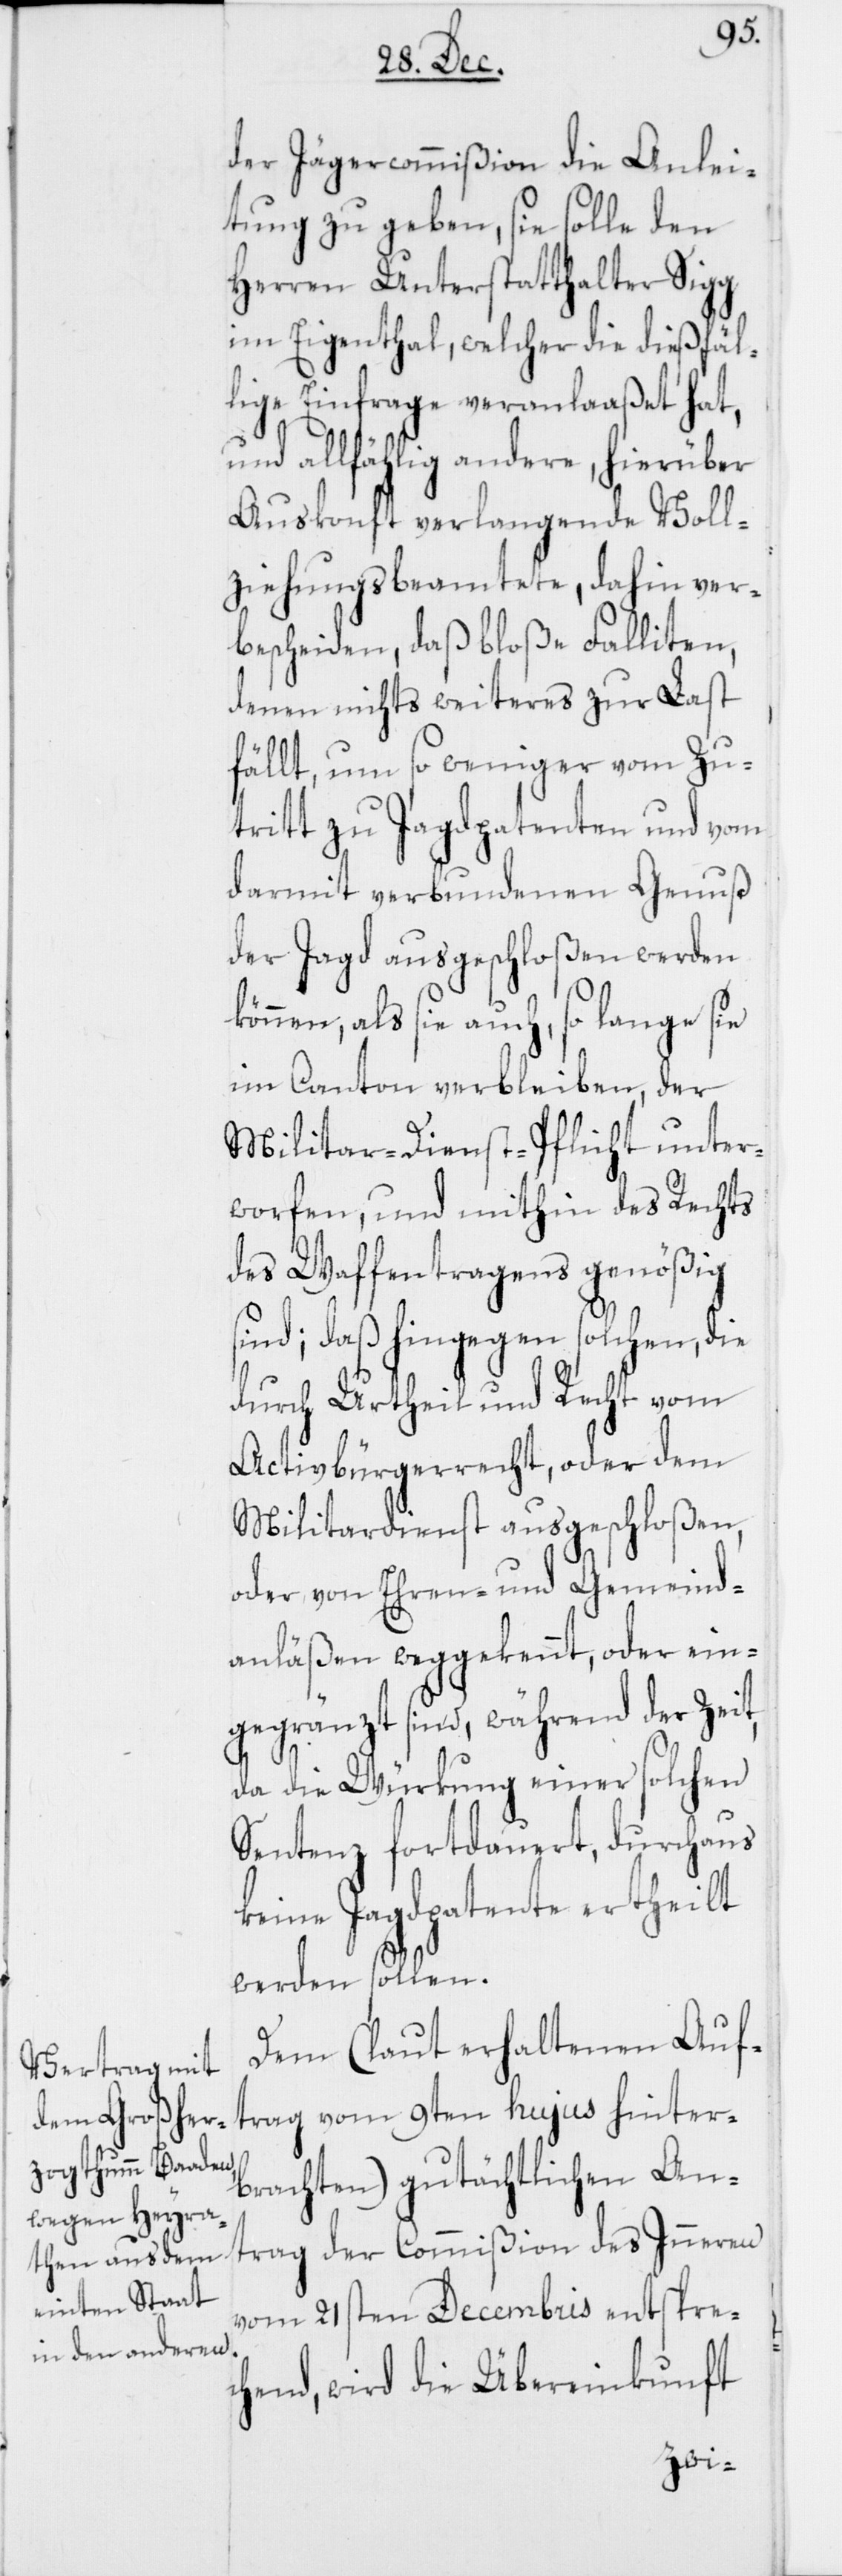
rag
der Jägercommißion die Anlei¬
tung zu geben, sie solle den
Herren Unterstatthalter Sigg
im Eigenthal, welcher die dießfäl¬
lige Einfrage veranlaaßet hat,
und allfählig andere, hierüber
Auskonft verlangende Voll¬
ziehungsbeamtete, dahin ver¬
bescheiden, daß bloße Falliten,
denen nichts weiteres zur Last
fällt, um so weniger vom Zu¬
tritt zu Jagdpatenten und vom
darmit verbundenen Genuß
der Jagd ausgeschloßen werden
können, als sie auch, so lange sie
im Canton verbleiben, der
Militar-Dienst-Pflicht unter¬
worfen, und mithin des Rechts
des Waffentragens genößig
sind; daß hingegen solchen, die
durch Urtheil und Recht vom
Activbürgerrecht oder dem
Militardienst ausgeschloßen,
oder von Ehren- und Gemeind¬
anläßen weggekannt, oder ein¬
gegränzt sind, während der Zeit,
da die Würkung einer solchen
Sentenz fortdauert, durchaus
keine Jagdpatente ertheilt
werden sollen.
Dem (laut erhaltenen Auft¬
brachten) gutächtlichen An¬
trag der Commißion des Inneren
vom 21sten Decembris entspre¬
chend, wird die Übereinkunft
hinter¬